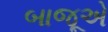
બાજૂએ